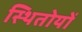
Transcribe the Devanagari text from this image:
स्थितोयों